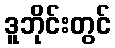
ဒူဘိုင်းတွင်